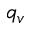
q _ { v }